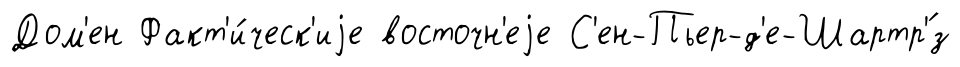
Дом'ен Факт'и́ческ'иjе восточн'еjе С'ен-Пьер-д'е-Шартр'́з